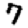
Digit: 7